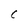
Character: C